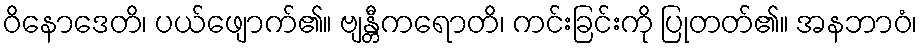
ဝိနောဒေတိ၊ ပယ်ဖျောက်၏။ ဗျန္တီကရောတိ၊ ကင်းခြင်းကို ပြုတတ်၏။ အနဘာဝံ၊